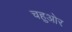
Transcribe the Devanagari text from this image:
चहुओर